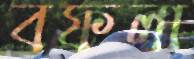
বফলা